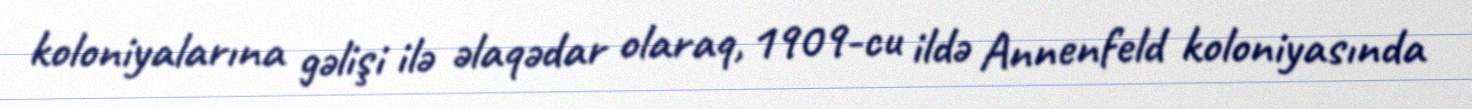
koloniyalarına gəlişi ilə əlaqədar olaraq, 1909-cu ildə Annenfeld koloniyasında